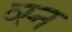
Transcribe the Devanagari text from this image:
व्स्न